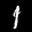
Label: 1